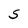
Character: S